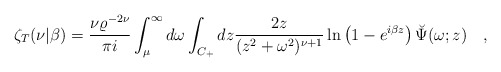
\begin{align*}\zeta_T(\nu|\beta)={\nu \varrho^{-2\nu}\over \pi i}\int_{\mu}^{\infty} d\omega \int_{C_+} dz{2z \over (z^2+\omega^2)^{\nu+1}}\ln\left(1-e^{i\beta z}\right)\breve{\Psi}(\omega;z) ~~~,\end{align*}